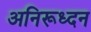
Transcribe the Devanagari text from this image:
अनिरूध्दन